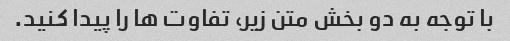
با توجه به دو بخش متن زیر، تفاوت ها را پیدا کنید.